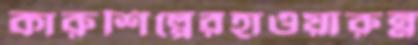
কারুশিল্পেরহাওয়ারুন্ন